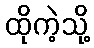
ထိုကဲ့သို့